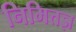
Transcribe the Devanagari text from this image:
निमित्तज्ञ